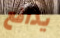
يدافع